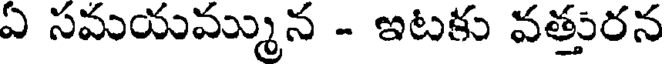
ఏ సమయమ్మున - ఇటకు వత్తురన